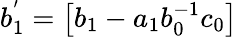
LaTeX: b_{1}^{'}=\left[b_{1}-a_{1}b_{0}^{-1}c_{0}\right]